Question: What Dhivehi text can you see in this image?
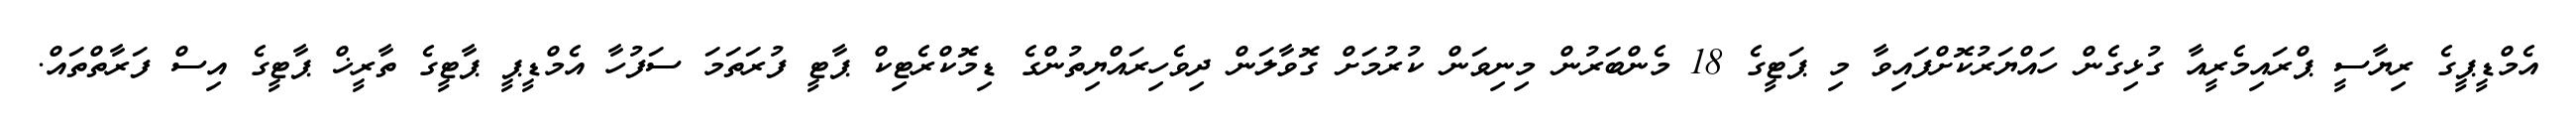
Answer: އެމްޑީޕީގެ ރިޔާސީ ޕްރައިމެރީއާ ގުޅިގެން ހައްޔަރުކޮށްފައިވާ މި ޕަޓީގެ 18 މެންބަރުން މިނިވަން ކުރުމަށް ގޮވާލަން ދިވެހިރައްޔިތުންގެ ޑިމޮކްރެޓިކް ޕާޓީ ފުރަތަމަ ސަފުހާ އެމްޑީޕީ ޕާޓީގެ ތާރީޚް ޕާޓީގެ އިސް ފަރާތްތައް.